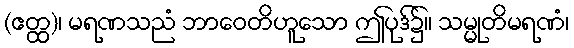
(ဧတ္ထ)၊ မရဏသညံ ဘာဝေတိဟူသော ဤပုဒ်၌။ သမ္မုတိမရဏံ၊